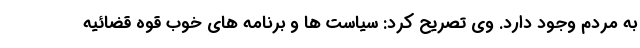
به مردم وجود دارد. وی تصریح کرد: سیاست ها و برنامه های خوب قوه قضائیه